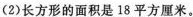
（2）长方形的面积是18平方厘米。